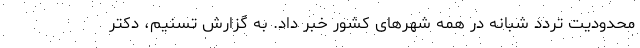
محدودیت تردد شبانه در همه شهرهای کشور خبر داد. به گزارش تسنیم، دکتر